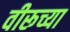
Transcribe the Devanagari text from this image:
वीरूच्या